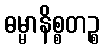
ဓမ္မာနိစ္စတဉ္စ